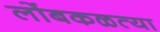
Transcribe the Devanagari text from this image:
लोंबकळत्या